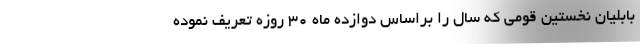
بابلیان نخستین قومی که سال را براساس دوازده ماه ۳۰ روزه تعریف نموده